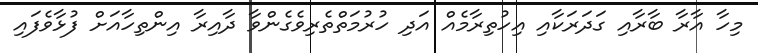
މިހާ އާރާ ބާރާއި ގަދަރަކާއި އިހުތިރާމެއް އަދި ހުރުމަތްތެރިވެގެންވާ ދާއިރާ އިންތިހާއަށް ފުޅާވެފައި